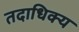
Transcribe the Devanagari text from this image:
तदाधिक्य